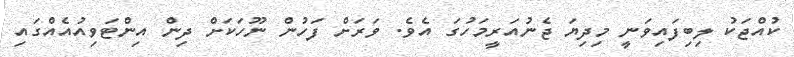
ކުއްޖަކު ލިބިފައިވަނީ މިދިޔަ ޖެނުއަރީމަހުގަ އެވެ. ވަރަށް ފަހުން ނޫހަކަށް ދިން އިންޓަވިއުއެއްގައި